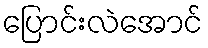
ပြောင်းလဲအောင်